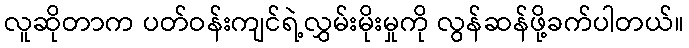
လူဆိုတာက ပတ်ဝန်းကျင်ရဲ့လွှမ်းမိုးမှုကို လွန်ဆန်ဖို့ခက်ပါတယ်။